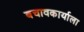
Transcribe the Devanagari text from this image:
बचावकार्याला